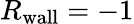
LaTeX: R_{\mathrm{wall}}=-1